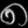
Digit: ၈